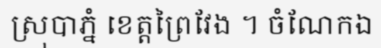
ស្រុបាភ្នំ ខេត្តព្រៃវែង ។ ចំណែកឯ